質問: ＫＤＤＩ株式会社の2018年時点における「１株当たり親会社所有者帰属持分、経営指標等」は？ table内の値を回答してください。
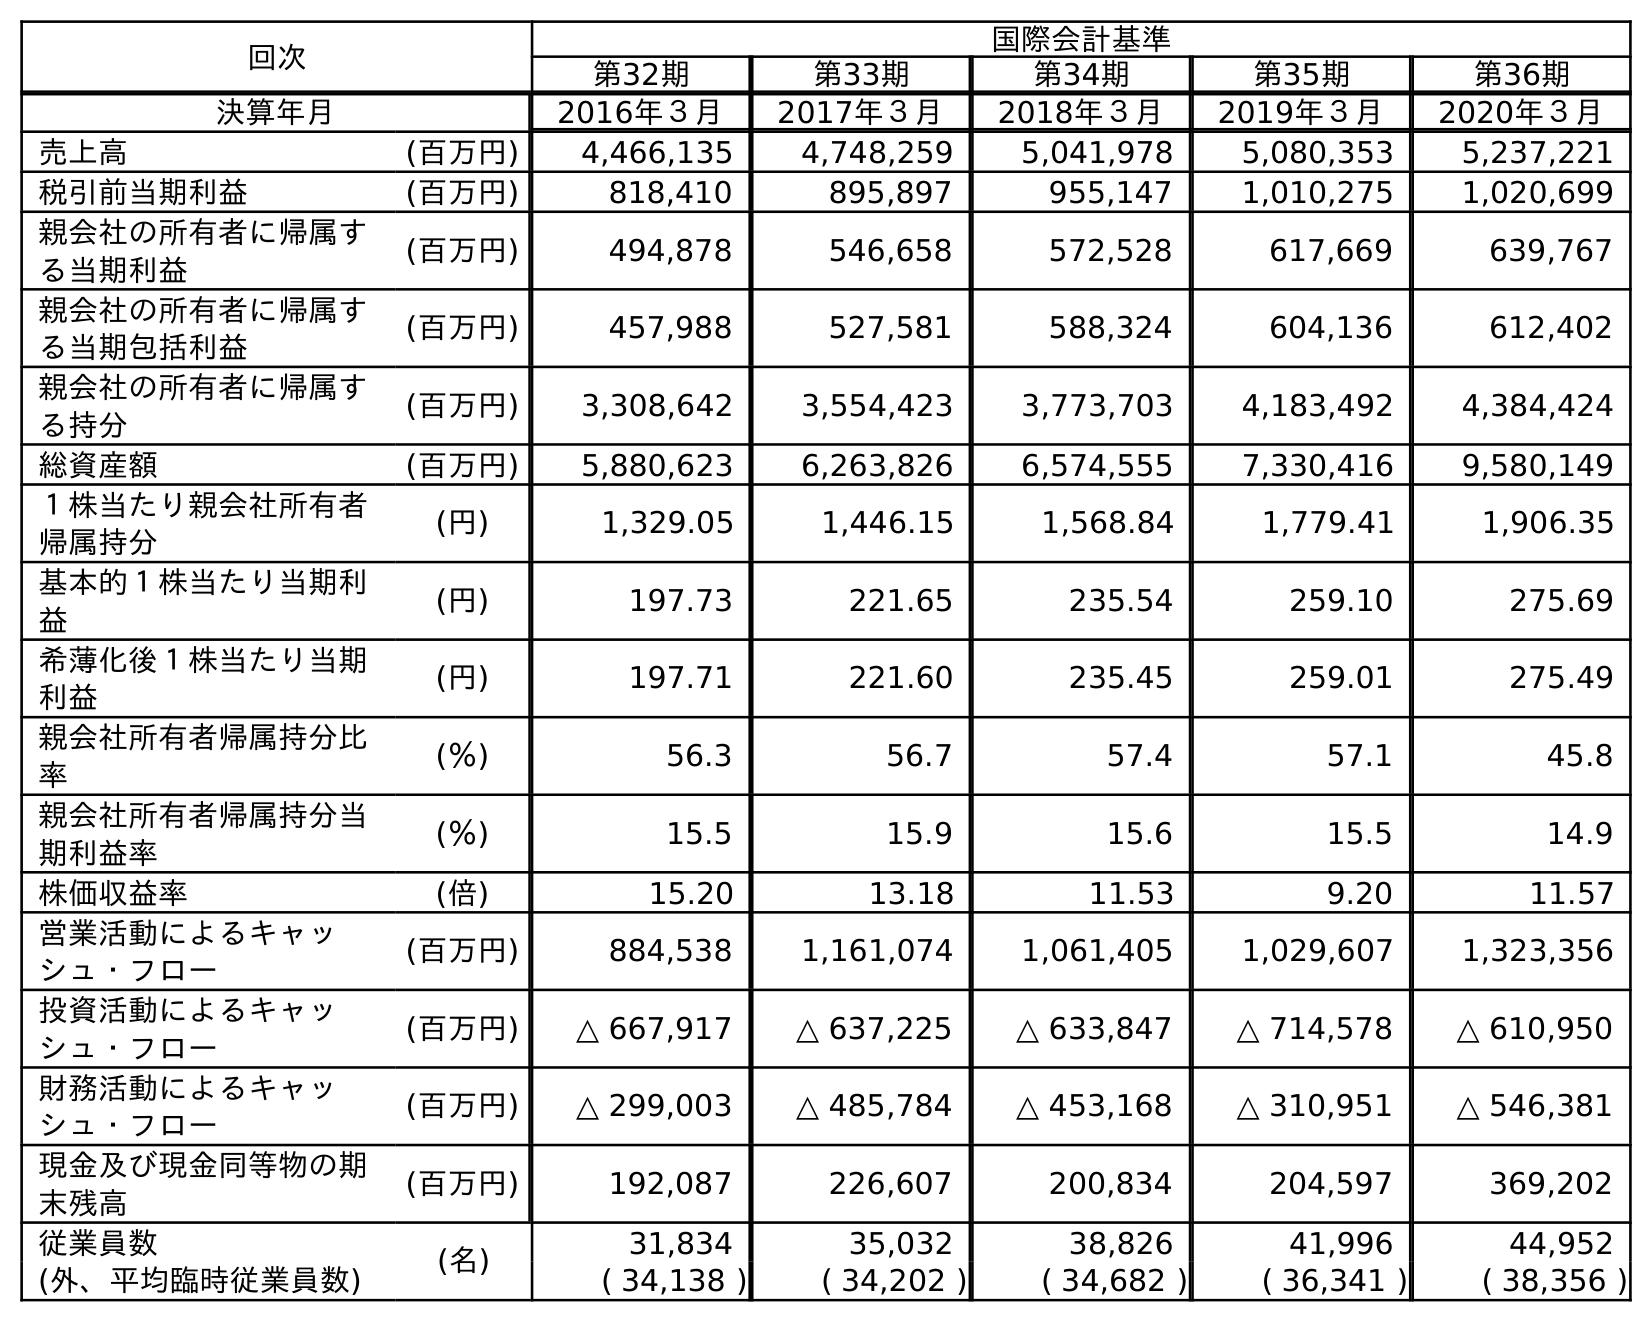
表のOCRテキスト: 回次 国際会計基準 第32期 第33期 第34期 第35期 第36期 決算年月 2016年３月 2017年３月 2018年３月 2019年３月 2020年３月 売上高 (百万円) 4,466,135 4,748,259 5,041,978 5,080,353 5,237,221 税引前当期利益 (百万円) 818,410 895,897 955,147 1,010,275 1,020,699 親会社の所有者に帰属す る当期利益 (百万円) 494,878 546,658 572,528 617,669 639,767 親会社の所有者に帰属す る当期包括利益 (百万円) 457,988 527,581 588,324 604,136 612,402 親会社の所有者に帰属す る持分 (百万円) 3,308,642 3,554,423 3,773,703 4,183,492 4,384,424 総資産額 (百万円) 5,880,623 6,263,826 6,574,555 7,330,416 9,580,149 １株当たり親会社所有者 帰属持分 (円) 1,329.05 1,446.15 1,568.84 1,779.41 1,906.35 基本的１株当たり当期利 益 (円) 197.73 221.65 235.54 259.10 275.69 希薄化後１株当たり当期 利益 (円) 197.71 221.60 235.45 259.01 275.49 親会社所有者帰属持分比 率 (％) 56.3 56.7 57.4 57.1 45.8 親会社所有者帰属持分当 期利益率 (％) 15.5 15.9 15.6 15.5 14.9 株価収益率 (倍) 15.20 13.18 11.53 9.20 11.57 営業活動によるキャッ シュ・フロー (百万円) 884,538 1,161,074 1,061,405 1,029,607 1,323,356 投資活動によるキャッ シュ・フロー (百万円) △ 667,917 △ 637,225 △ 633,847 △ 714,578 △ 610,950 財務活動によるキャッ シュ・フロー (百万円) △ 299,003 △ 485,784 △ 453,168 △ 310,951 △ 546,381 現金及び現金同等物の期 末残高 (百万円) 192,087 226,607 200,834 204,597 369,202 従業員数 (名) 31,834 35,032 38,826 41,996 44,952 (外、平均臨時従業員数) ( 34,138 ) ( 34,202 ) ( 34,682 ) ( 36,341 ) ( 38,356 )
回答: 1,568.84